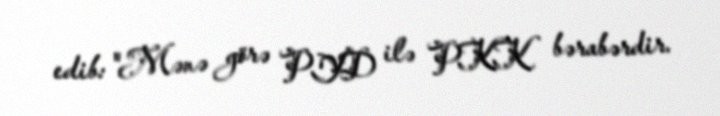
edib: "Mənə görə PYD ilə PKK bərabərdir.